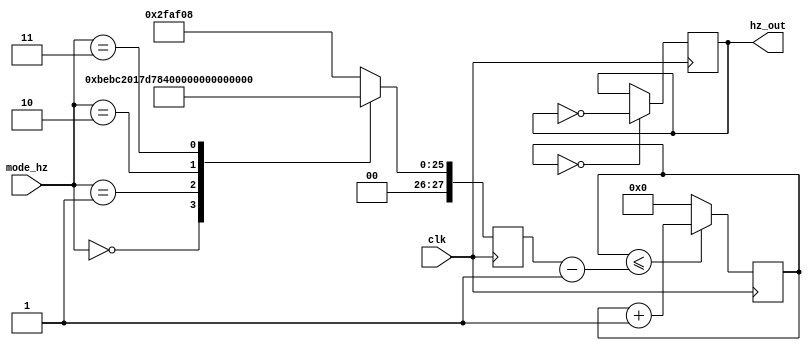
module clock_divider(clk, mode_hz, hz_out);
 input clk;
 input [2:0] mode_hz;
 output reg hz_out=1'b0;
 reg [27:0] counter;
 reg [27:0] temp;
always @(posedge clk) begin
 case(mode_hz)
 3'b0: begin
 temp<=28'd50_000_000*28'd2/28'd2;
 if(counter<=temp-28'd1) counter<=counter+28'd1;
 else counter<=28'b0;
 if(counter==28'd0) hz_out<=~hz_out;
 end
 3'b001: begin
 temp<=28'd50_000_000/28'd2;
 if(counter<=temp-28'd1) counter<=counter+28'd1;
 else counter<=28'd0;
 if(counter==28'd0) hz_out<=~hz_out;
 end
 3'b010: begin
 temp<=28'd50_000_000/28'd2/28'd2;
 if(counter<=temp-28'd1) counter<=counter+28'd1;
 else counter<=28'd0;
 if(counter==28'd0) hz_out<=~hz_out;
 end
 3'b011: begin
 temp<=28'd50_000_000/28'd4/28'd2;
 if(counter<=temp-28'd1) counter<=counter+28'd1;
 else counter<=28'd0;
 if(counter==28'd0) hz_out<=~hz_out;
 end
 3'b100: begin
 temp<=28'd50_000_000/28'd8/28'd2;
 if(counter<=temp-28'd1) counter<=counter+28'd1;
 else counter<=28'd0;
 if(counter==28'd0) hz_out<=~hz_out;
 end 
 default: begin
 temp<=28'd50_000_000/28'd8/28'd2;
 if(counter<=temp-28'd1) counter<=counter+28'd1;
 else counter<=28'd0;
 if(counter==28'd0) hz_out<=~hz_out;
 end
 endcase
 end
 endmodule